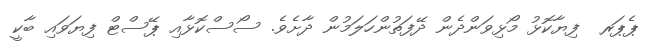
ޕެޕަރ  ފިޔާކޮޅު މޯޅިވަންދެން ދޭފަތުންހަލަމުން ދާށެވެ. ސޯސްކޮޅާއި ޕޭސްޓް ފިޔަވައި ބާކީ